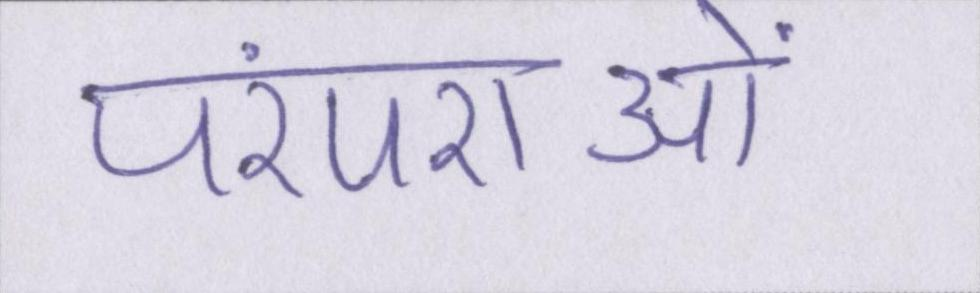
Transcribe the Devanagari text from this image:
परंपराओं